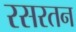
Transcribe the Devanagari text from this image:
रसरतन